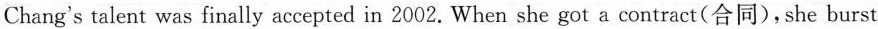
Chang's talent was finally accepted in 2002. When she got a contract(合同),she burst